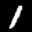
Label: 1